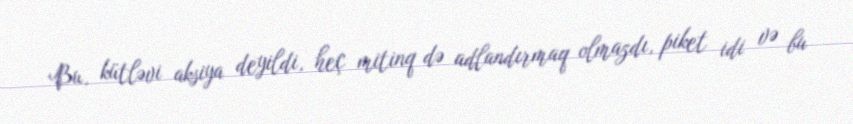
Bu, kütləvi aksiya deyildi, heç mitinq də adlandırmaq olmazdı, piket idi və bu